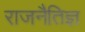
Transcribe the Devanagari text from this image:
राजनैतिज्ञ